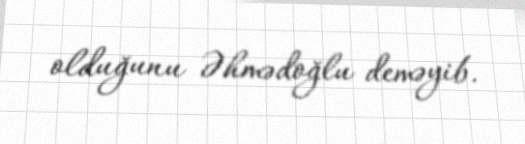
olduğunu Əhmədoğlu deməyib.